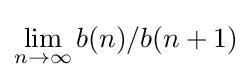
\lim _{n\to \infty }b(n)/b(n+1)